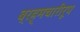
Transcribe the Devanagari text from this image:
ब्रह्मचारीरूप